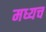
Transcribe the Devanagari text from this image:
मध्यच